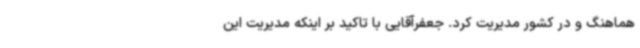
هماهنگ و در کشور مدیریت کرد. جعفرآقایی با تاکید بر اینکه مدیریت این